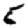
Digit: 5